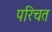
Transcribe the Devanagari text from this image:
परिचत